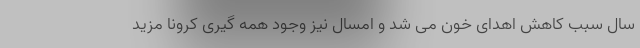
سال سبب کاهش اهدای خون می شد و امسال نیز وجود همه گیری کرونا مزید